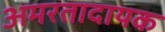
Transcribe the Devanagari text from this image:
अमरतादायक